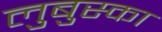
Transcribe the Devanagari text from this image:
लुबुस्का